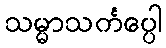
သမ္မာသင်္ကပ္ပေါ